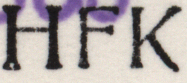
HFK